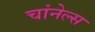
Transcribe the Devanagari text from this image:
चांनेल्स